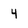
Character: 4